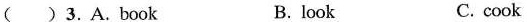
( )3.A.Book B.look C. cook